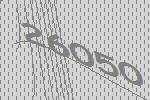
26050